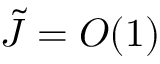
\tilde { J } = O ( 1 )